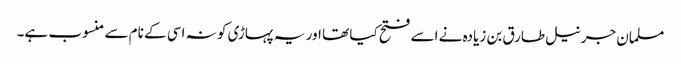
مسلمان جرنیل طارق بن زیادہ نے اسے فتح کیا تھا اور یہ پہاڑی کو نہ اسی کے نام سے منسوب ہے۔